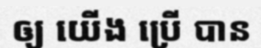
ឲ្យ យើង ប្រើ បាន